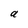
Character: a